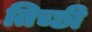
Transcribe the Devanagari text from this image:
तिच्छी